Civil Veterinary Department Bengal reports 1933-51 - 1933-1951
Year: 1933
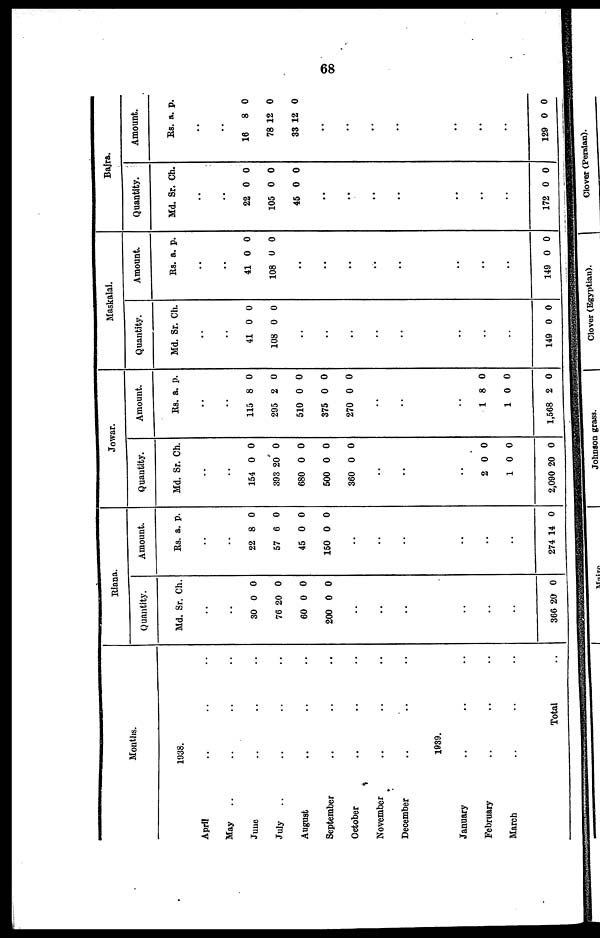
68
Months.
1938.
April .. .. ..
May .. .. .. ..
June .. .. ..
July .. .. ..
August .. .. ..
September .. .. ..
October .. .. ..
November .. .. ..
December .. .. ..
1939.
January .. .. ..
February .. .. ..
March .. .. ..
Total ..
Riana.
Quantity.
Md. Sr. Ch.
..
..
30
76
60
200
0
20
0
0
0
0
0
0
..
..
..
..
..
..
366 20 0
Amount.
Rs. a. p.
..
..
22
57
45
150
8
6
0
0
0
0
0
0
..
..
..
..
..
..
274 14 0
Jowar.
Quantity.
Md. Sr. Ch.
..
..
154
393
680
500
360
0
20
0
0
0
0
0
0
0
0
..
..
..
2
1
2,090
0
0
20
0
0
0
Amount.
Rs. a. p.
..
..
115
295
510
375
270
8
2
0
0
0
0
0
0
0
0
..
..
..
1
1
1,568
8
0
2
0
0
0
Maskalai.
Quantity.
Md. Sr. Ch.
..
..
41
108
0
0
0
0
..
..
..
..
..
..
..
..
149 0 0
Amount.
Rs. a. p.
..
..
41
108
..
0
0
0
0
..
..
..
..
..
..
..
149 0 0
Bajra.
Quantity.
Md. Sr. Ch.
..
..
22
105
45
0
0
0
0
0
0
..
..
..
..
..
..
..
172 0 0
Amount.
Rs. a. p.
..
..
16
78
33
8
12
12
0
0
0
..
..
..
..
..
..
..
129 0 0